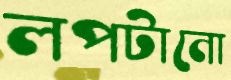
লপটানো